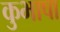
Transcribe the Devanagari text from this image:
कुभाषा